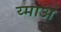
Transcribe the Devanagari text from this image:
य्माअ